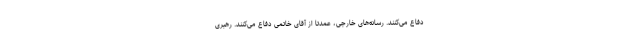
دفاع مى‌كنند. رسانه‌هاى خارجى، عمدتا از آقاى خاتمى دفاع مى‌كنند. رهبرى